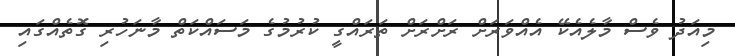
މިއަދު ވެސް މާލެއެކޭ އެއްވަރަށް ރަށްރަށް ތަރައްގީ ކުރުމުގެ މަސައްކަތް މާނަހުރި ގޮތެއްގައި